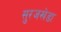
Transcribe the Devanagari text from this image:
सुरजखेडा